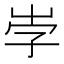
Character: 𡶻